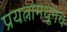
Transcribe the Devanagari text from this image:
प्रयत्नांमधूनच